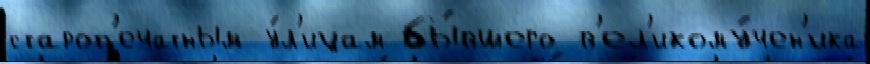
староп'ечатным у́л'ицам бы́вшего в'ел'икому́чен'ика